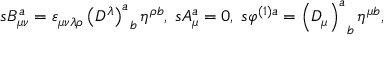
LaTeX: s B _ { \mu \nu } ^ { a } = \varepsilon _ { \mu \nu \lambda \rho } \left( D ^ { \lambda } \right) _ { \; \; b } ^ { a } \eta ^ { \rho b } , \; s A _ { \mu } ^ { a } = 0 , \; s \varphi ^ { ( 1 ) a } = \left( D _ { \mu } \right) _ { \; \; b } ^ { a } \eta ^ { \mu b } ,